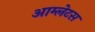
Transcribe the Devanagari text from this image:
आम्लेटस